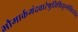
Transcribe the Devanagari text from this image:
भौमार्कमंदवारेषुतिथियुग्मेविवर्जयेत्